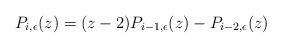
LaTeX: \begin{align*}P_{i,\epsilon}(z)=(z-2) P_{i-1,\epsilon}(z)-P_{i-2,\epsilon}(z)\end{align*}